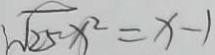
\sqrt { 2 5 } x ^ { 2 } = x - 1